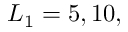
L _ { 1 } = 5 , 1 0 ,